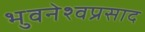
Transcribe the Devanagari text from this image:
भुवनेश्वप्रसाद